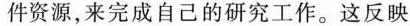
件资源，来完成自己的研究工作。这反映